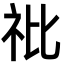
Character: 䃾